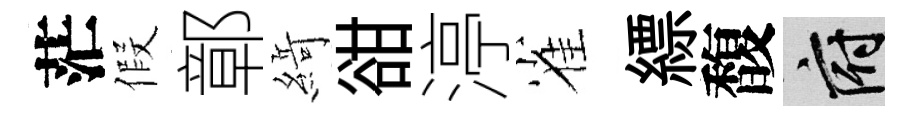
茫假鄣𦂶𧮳渟雀縹馥府